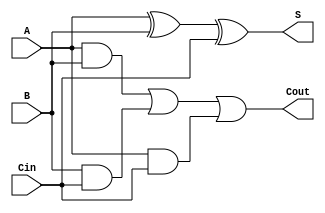
module FA(Cout, S, A, B, Cin);
output Cout, S;
input A, B, Cin;

xor X1(S, A, B, Cin);

assign Cout = (A&B)|(B&Cin)|(A&Cin);


endmodule